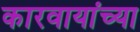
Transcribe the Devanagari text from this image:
कारवायांच्या